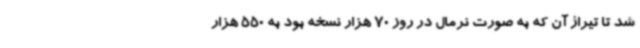
شد تا تیراژ آن که به صورت نرمال در روز 70 هزار نسخه بود به 550 هزار